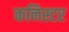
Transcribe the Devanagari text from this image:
कनिस्टर